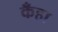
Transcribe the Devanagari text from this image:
कँहा